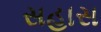
સહાસ